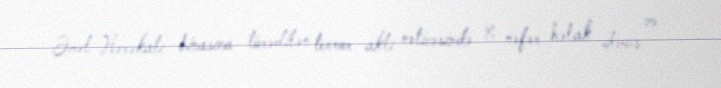
Əməl Hərəkatı binasına törədilən terror aktı nəticəsində 8 nəfər həlak olmuş və